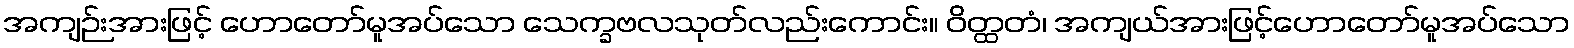
အကျဉ်းအားဖြင့် ဟောတော်မူအပ်သော သေက္ခဗလသုတ်လည်းကောင်း။ ဝိတ္ထတံ၊ အကျယ်အားဖြင့်ဟောတော်မူအပ်သော